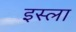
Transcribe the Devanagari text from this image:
इस्‍ला